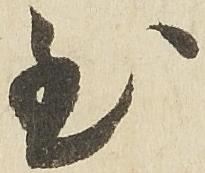
至